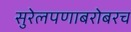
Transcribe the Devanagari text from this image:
सुरेलपणाबरोबरच